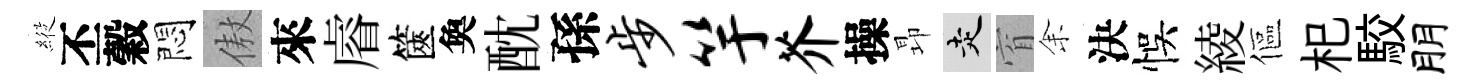
𦂵丕穀悶傲來𥈠篋奐酖孫步竽芥操昻走窅𪜬決悞綾傴𣏌駮朋